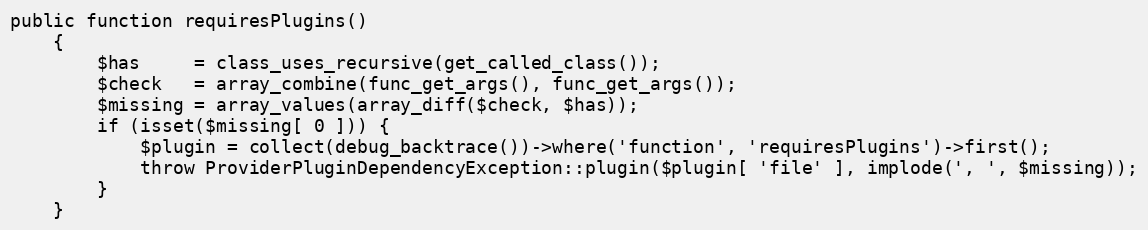
Language: PHP
public function requiresPlugins()
    {
        $has     = class_uses_recursive(get_called_class());
        $check   = array_combine(func_get_args(), func_get_args());
        $missing = array_values(array_diff($check, $has));
        if (isset($missing[ 0 ])) {
            $plugin = collect(debug_backtrace())->where('function', 'requiresPlugins')->first();
            throw ProviderPluginDependencyException::plugin($plugin[ 'file' ], implode(', ', $missing));
        }
    }